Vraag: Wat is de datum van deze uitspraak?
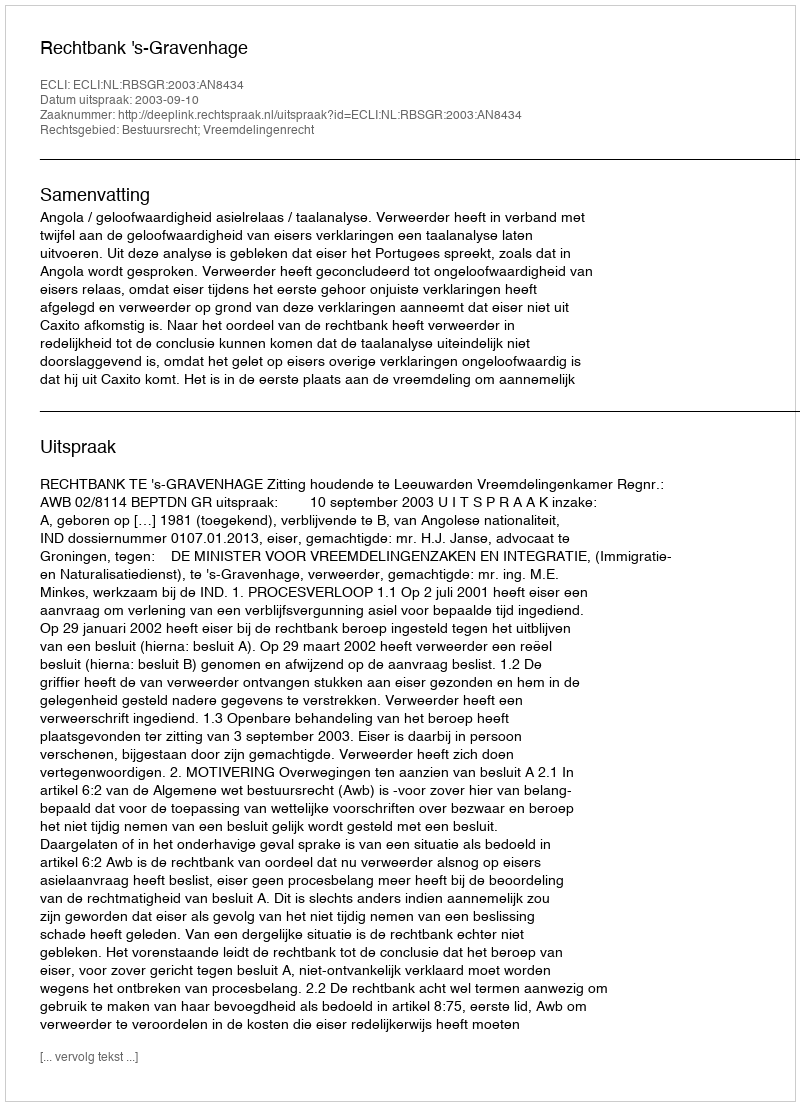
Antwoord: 2003-09-10